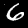
Label: 6